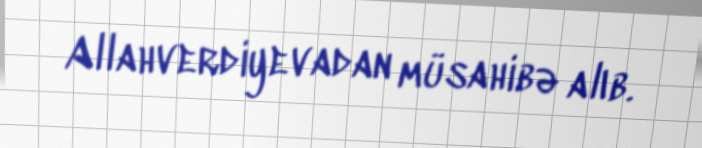
Allahverdiyevadan müsahibə alıb.